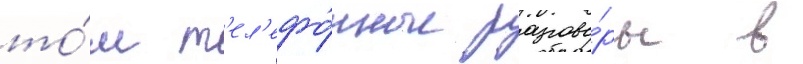
то́м т'ел'ефо́нные разгово́ры в